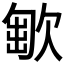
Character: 𣣯